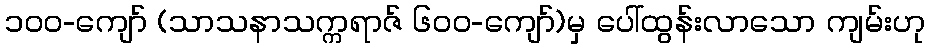
၁၀၀-ကျော် (သာသနာသက္ကရာဇ် ၆၀၀-ကျော်)မှ ပေါ်ထွန်းလာသော ကျမ်းဟု